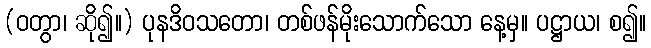
(ဝတွာ၊ ဆို၍။) ပုနဒိဝသတော၊ တစ်ဖန်မိုးသောက်သော နေ့မှ။ ပဋ္ဌာယ၊ စ၍။